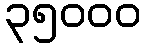
၃၅၀၀၀